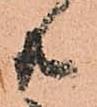
共